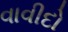
વાવીદો